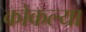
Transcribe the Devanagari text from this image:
कोकल्या